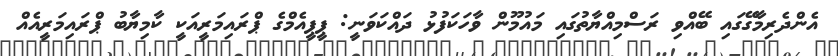
އެންދެރިމާގޭގައި ބޭއްވި ރަސްމިއްޔާތުގައި މައުމޫން ވާހަކަފުޅު ދައްކަވަނީ: ޕީޕީއެމްގެ ޕްރައިމަރީއަކީ ކާމިޔާބު ޕްރައިމަރީއެއް